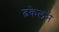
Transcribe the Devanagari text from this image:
ढ़केलने